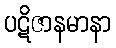
ပဋိဇာနမာနာ